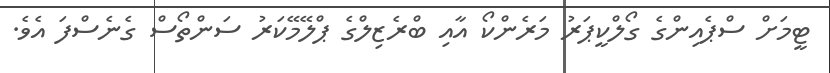
ޓީމަށް ސްޕެއިންގެ ގޯލްކީޕަރު މަރެންކޯ އާއި ބްރެޒިލްގެ ޕްލޭމޭކަރު ސަންތޯސް ގެނެސްފަ އެވެ.